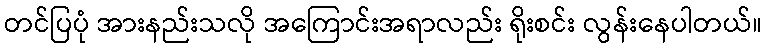
တင်ပြပုံ အားနည်းသလို အကြောင်းအရာလည်း ရိုးစင်း လွန်းနေပါတယ်။